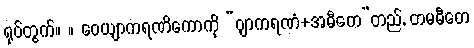
ရုပ်တွက်။ ။ ဝေယျာကရဏိကောကို “ဝျာကရဏံ+အဓီတေ”တည်, တမဓီတေ